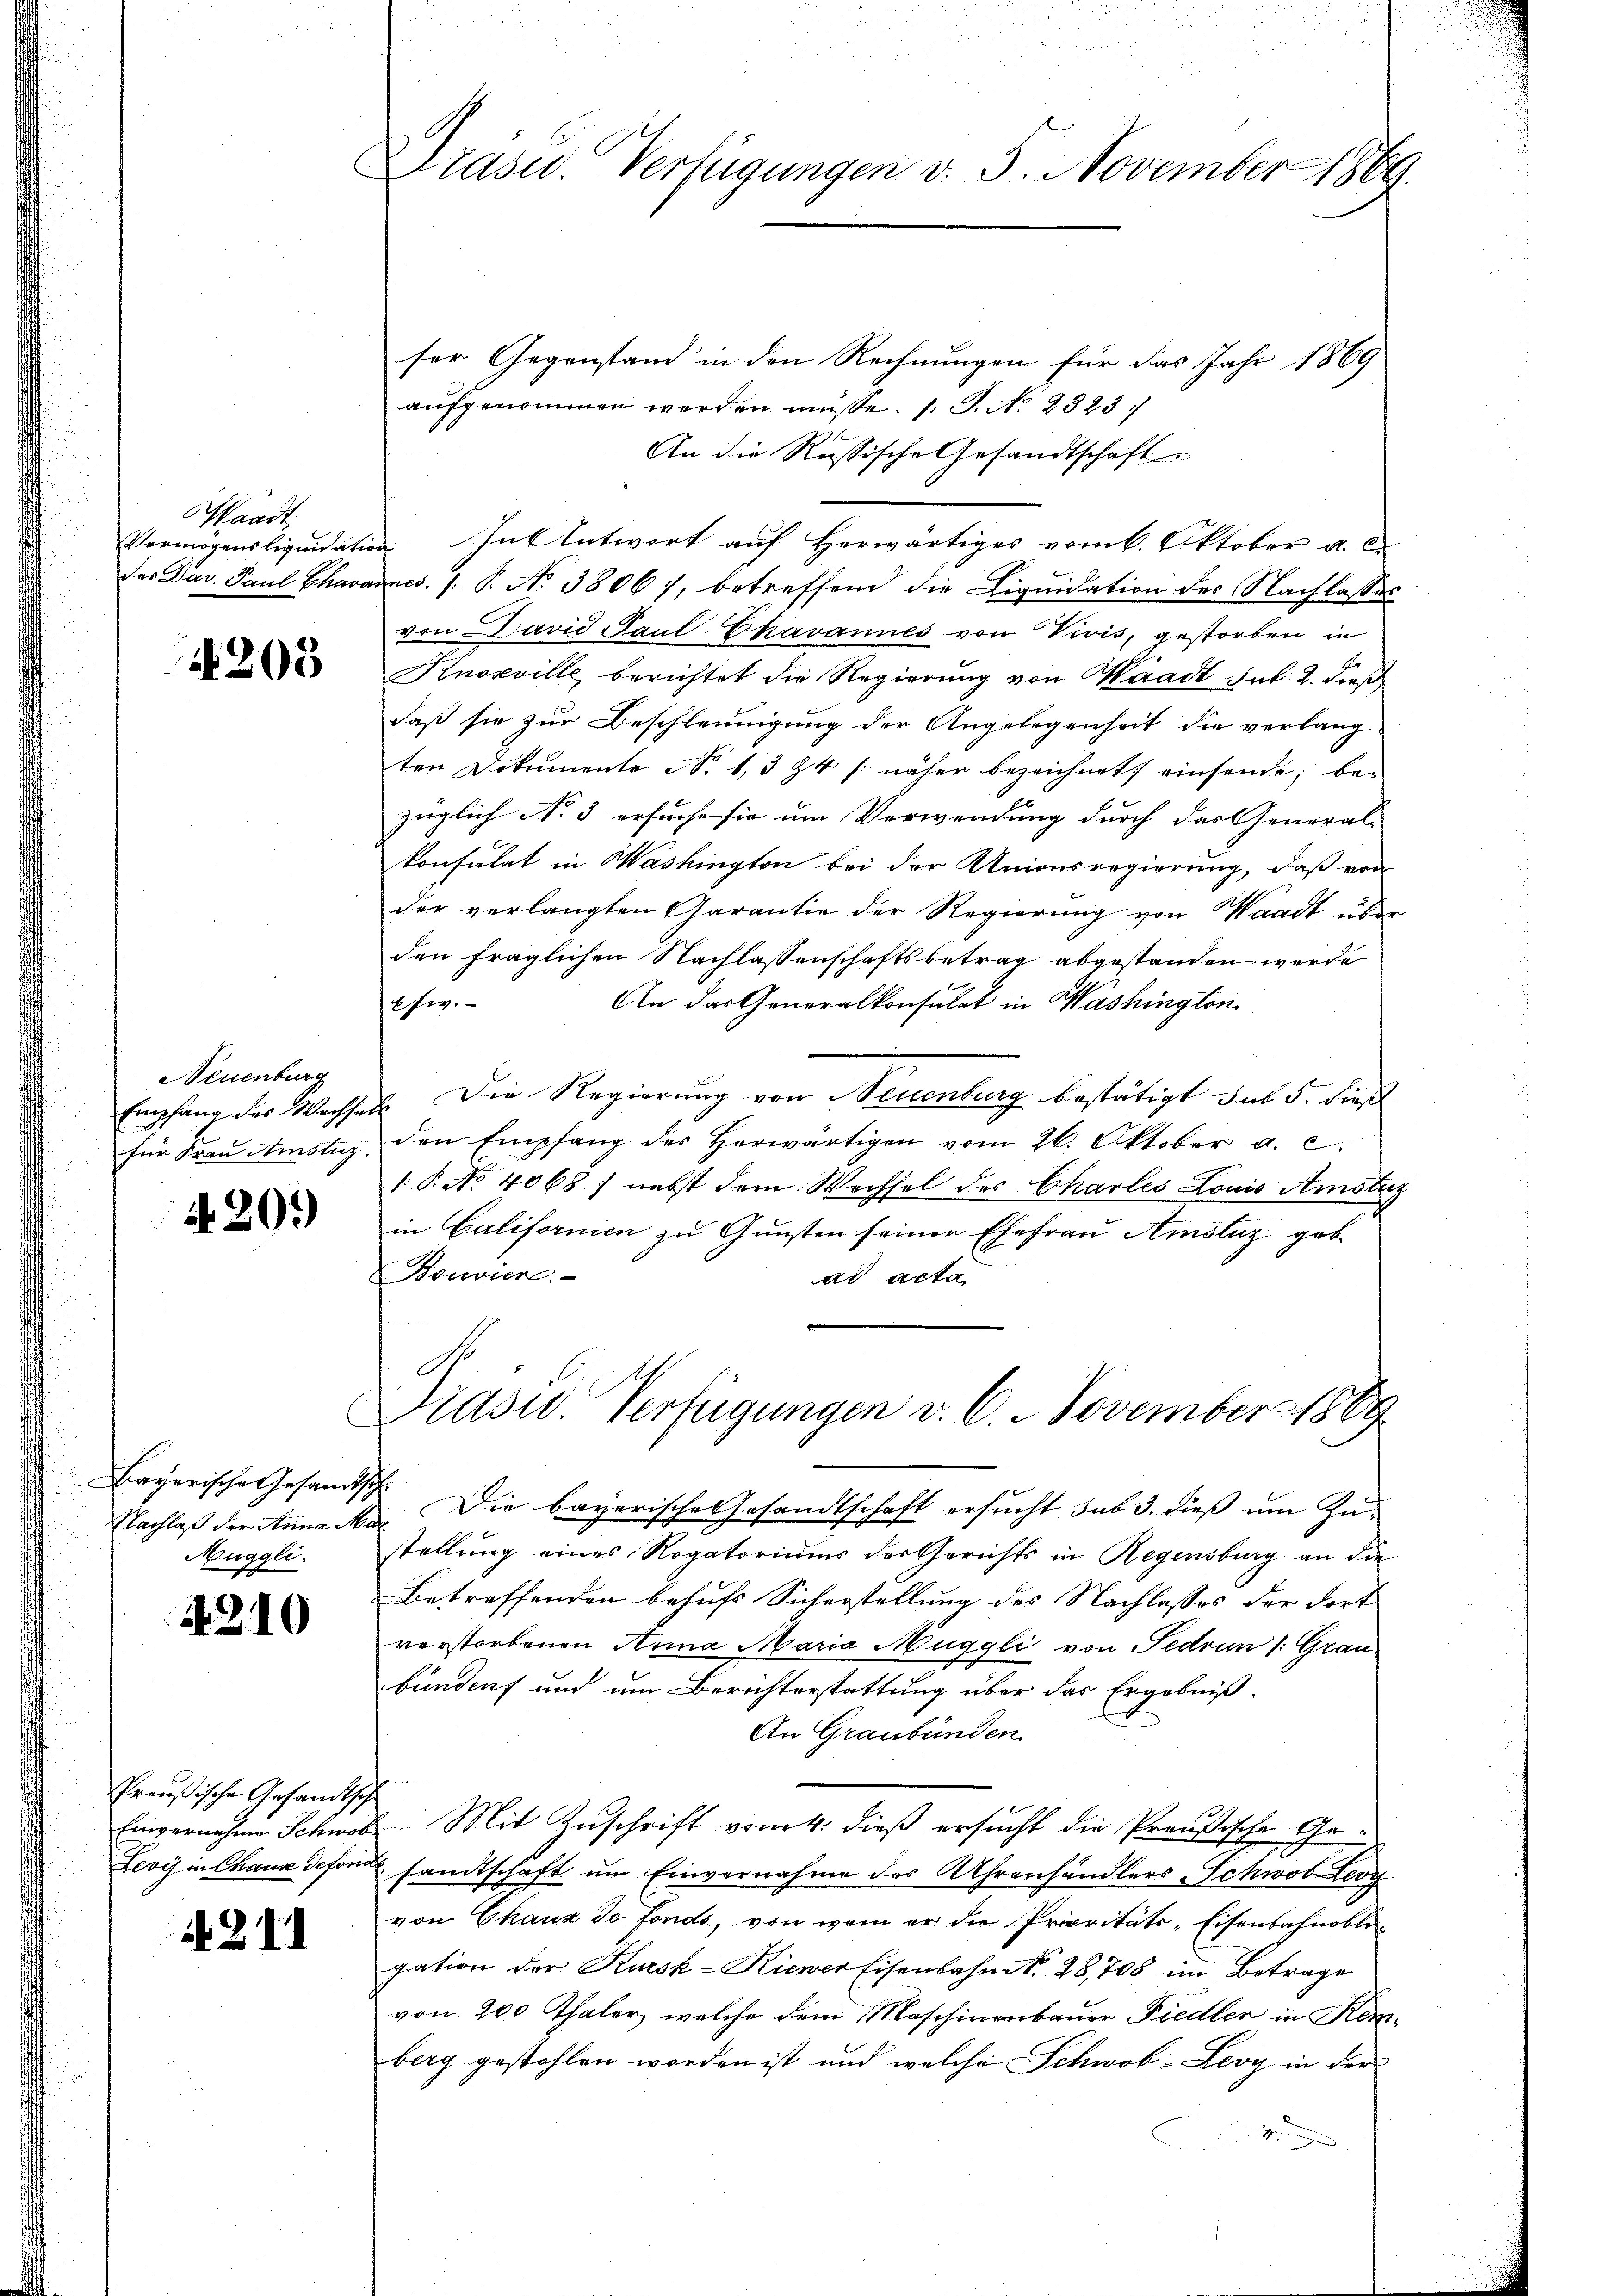
Waadt,
ermögens liquidate
d
ar. Paul Chara
1

205

Euenburg
ung des Wechse
vau Amstiz.

30.)

¬
e
e
sche Gesandtsch
7 der Anna Ma
Buggli.
e

210

C

reußische Gesandtsche
iv ernahme Schweb
evij in Chause defonia

. 211

Drasu. Verfügungen v. 3. November 1869.

ser Gegenstand in den Rechnungen für das Jahr 1869
aufgenommen werden müsse. (T. No. 23237
An die Russische Gesandtschaft
In Antwort auf Herwärtiges vom 6. Oktober a. c.
.
nes. (: P. No 3806), betreffend die Liquidation der Nachlasses
von David Paul Ekavannes von Vivis, gestorben in
Knoxville berichtet die Regierung von Waadt Jul. 2. Freß
daß sie zur Beschleunigung der Angelegenheit die verlangten Dokumente No. 13 Z 4 s. näher bezeichnet einsende; be-
züglich No 3 ersucht sie um Verwendung durch das General-
konsulat in Washington bei der Unionsregierung, daß von
der verlangten Garantie der Regierung von Waadt überden fraglichen Nachlassenschaftsbetrag abgestanden werde
An das Generalkonsulat in Washington
fiv.
 Die Regierung von Neuenburg bestätigt das 5. dießden Empfang des Herwärtigen vom 26. Oktober a. c.
1. P. No. 4068) nebst dem Wechsel des Chartes Louis Amstag
in Califormen zu Gunsten seiner Ehefrau Amstaz geb.
Bouvier
ad acta
Präsid. Verfügungen v. 6. November 1889
Die bayerische Gesandtschaft ersucht sub 3. dieß um Zu-
stellung eines Rogatoriums der Gerichts in Regensburg an die
Betreffenden behufs Sicherstellung des Nachlasses der dort
verstorbenen Anna Maria Muggli von Fedrun /: Grau
bundent und um Berichterstattung über das Ergebniß
An Graubünden.
Mit Zuschrift vom 4. dieß ersucht die Preußischen Gesandtschaft um Einvernahme des Uhrenhändlers Schwob Ley
von Chaux de fonds, von wem er die Prioritäts-Eisenbahnobligation der Kursk-Kiener Eisenbahn N. 28,708 im Betrage
von 200 Thaler, welche dem Maschinenbauer Fiedler in Kemberg gestohlen worden ist, und welche Schwob-Leoy in der |
n